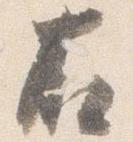
右